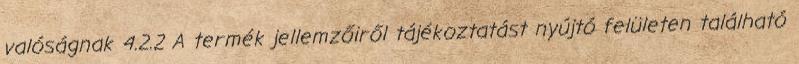
valóságnak 4.2.2 A termék jellemzőiről tájékoztatást nyújtó felületen található